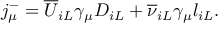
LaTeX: j _ { \mu } ^ { - } = { \overline { { U } } } _ { i L } \gamma _ { \mu } D _ { i L } + { \overline { { \nu } } } _ { i L } \gamma _ { \mu } l _ { i L } .